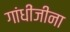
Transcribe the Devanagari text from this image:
गांधींजीना